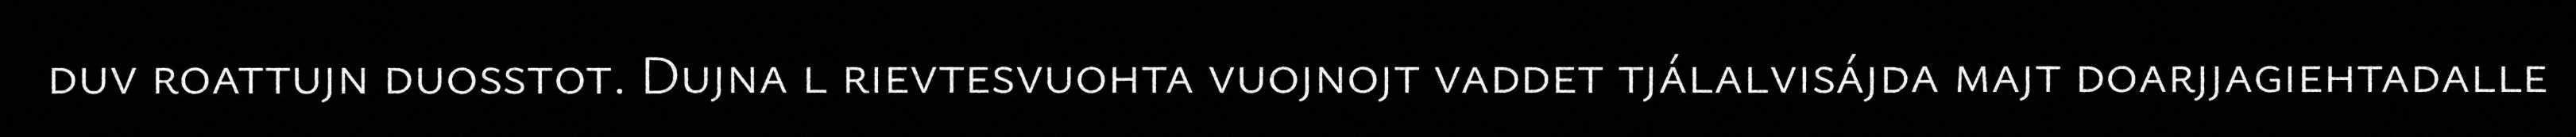
duv roattujn duosstot. Dujna l rievtesvuohta vuojnojt vaddet tjálalvisájda majt doarjjagiehtadalle